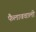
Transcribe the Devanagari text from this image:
फैलाववाली